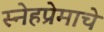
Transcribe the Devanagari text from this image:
स्नेहप्रेमाचे